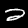
Label: 2